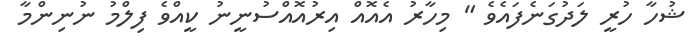
ޝުހާ ހުރީ ލަދުގަނެފައެވެ " މިހާރު އެއޮއް އިރުއޮއްސުނީނު ކީއްވެ ފިލްމު ނުނިންމާ